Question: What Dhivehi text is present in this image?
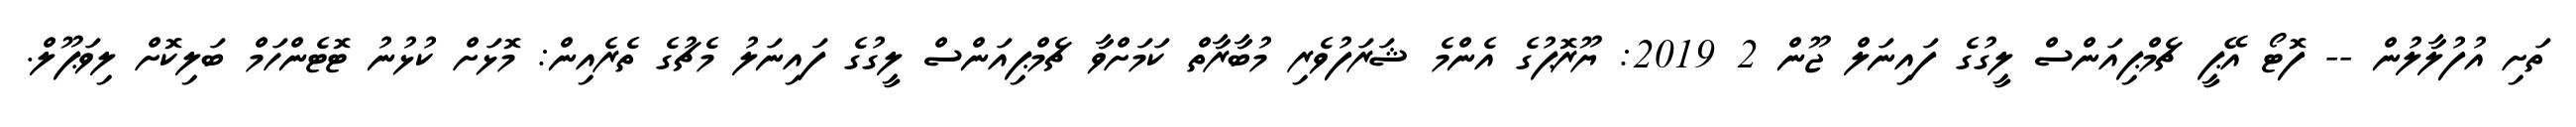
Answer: ތަށި އުފުލާލުން -- ފޮޓޯ އޭޕީ ޗެމްޕިއަންސް ލީގުގެ ފައިނަލް ޖޫން 2 2019: ޔޫރޮޕުގެ އެންމެ ޝަރަފުވެރި މުބާރާތް ކަމަށްވާ ޗެމްޕިއަންސް ލީގުގެ ފައިނަލު މެޗުގެ ތެރެއިން: މޮޅަށް ކުޅުނު ޓޮޓެންހަމް ބަލިކޮށް ލިވަޕޫލް.